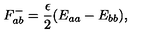
F _ { a b } ^ { - } = \frac { \epsilon } { 2 } ( E _ { a a } - E _ { b b } ) ,